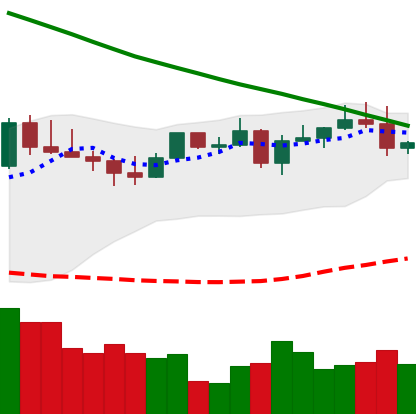
Ticker: LTC-USD
Chart end date: 2022-08-16
Forward return: -9.537%
Label: down_7plus